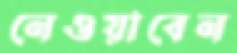
নেওয়াবেন